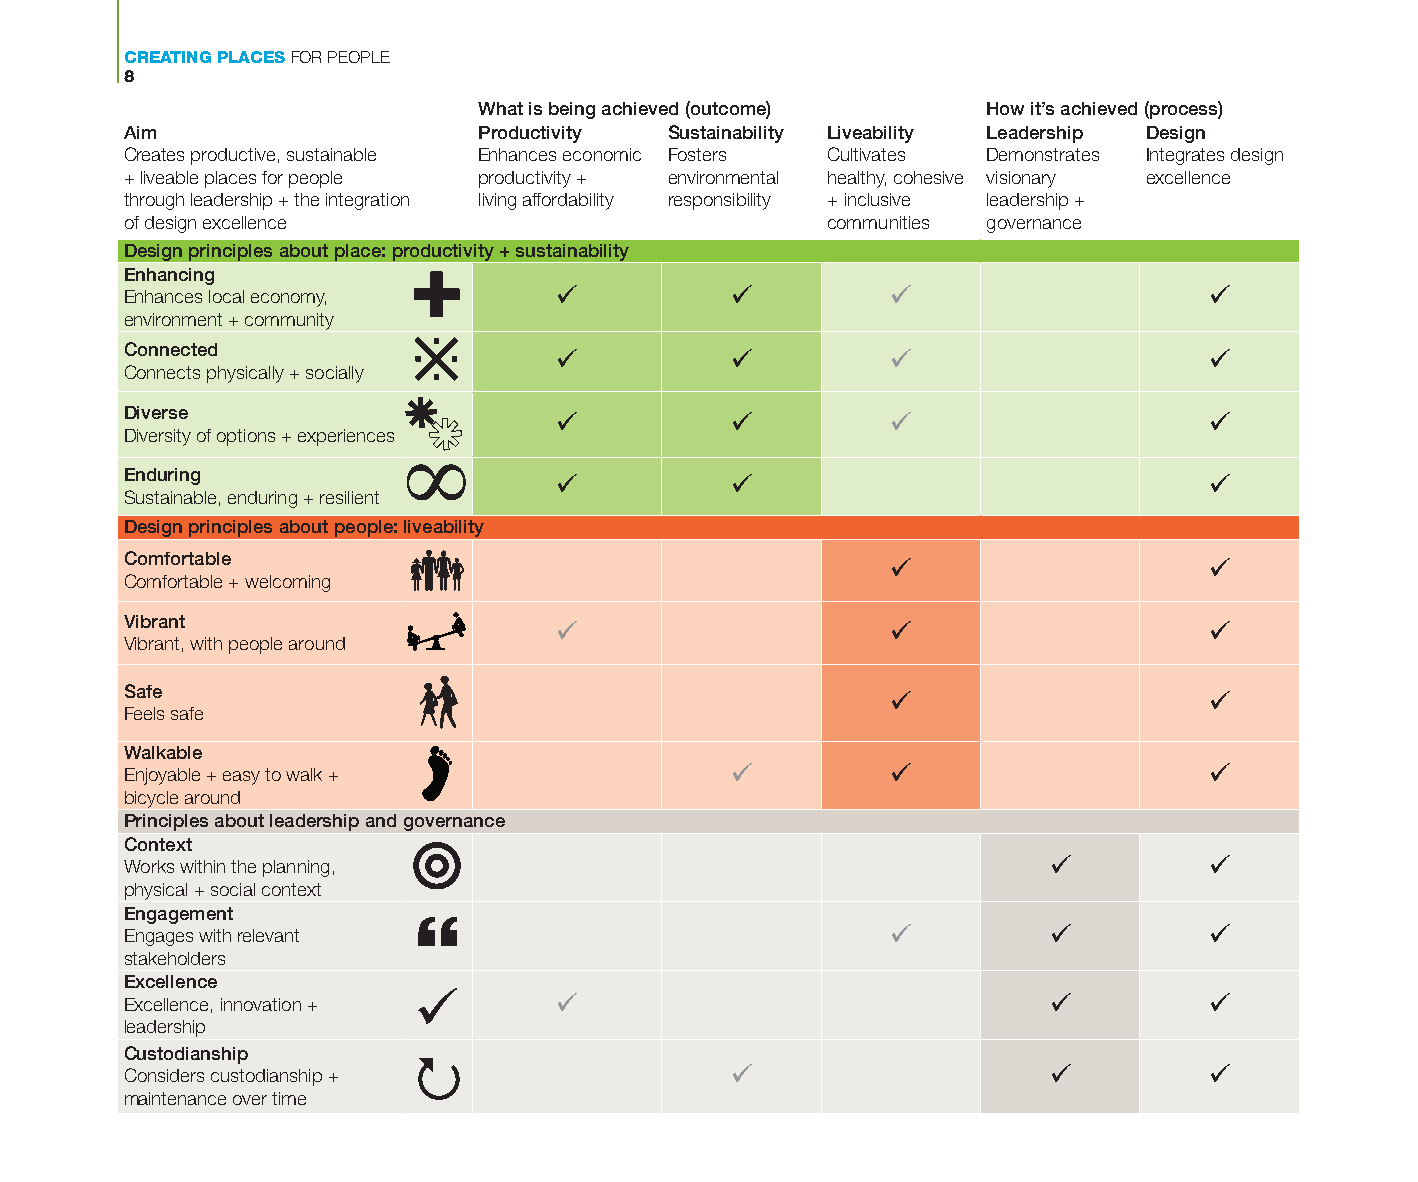
CREATING PLACES FOR PEOPLE
 8
 What is being achieved (outcome) How it’s achieved (process)
 Aim                     Productivity Sustainability Liveability Leadership Design
 Creates productive, sustainable Enhances economic Fosters Cultivates Demonstrates Integrates design
 + liveable places for people productivity + environmental healthy, cohesive visionary excellence
 through leadership + the integration living affordability responsibility + inclusive leadership +
 of design excellence                           communities governance
 Design principles about place: productivity + sustainability
 Enhancing
 Enhances local economy,                                              
 environment + community
 Connected
                                         
 Connects physically + socially
 Diverse
                                         
 Diversity of options + experiences
 Enduring
                                          
 Sustainable, enduring + resilient
 Design principles about people: liveability
 Comfortable
                     
 Comfortable + welcoming
 Vibrant
                                          
 Vibrant, with people around
 Safe
                     
 Feels safe
 Walkable
 Enjoyable + easy to walk +                                            
 bicycle around
 Principles about leadership and governance
 Context
 Works within the planning,                                             
 physical + social context
 Engagement
 Engages with relevant                                                 
 stakeholders
 Excellence
 Excellence, innovation +                                              
 leadership
 Custodianship
 Considers custodianship +                                             
 maintenance over time